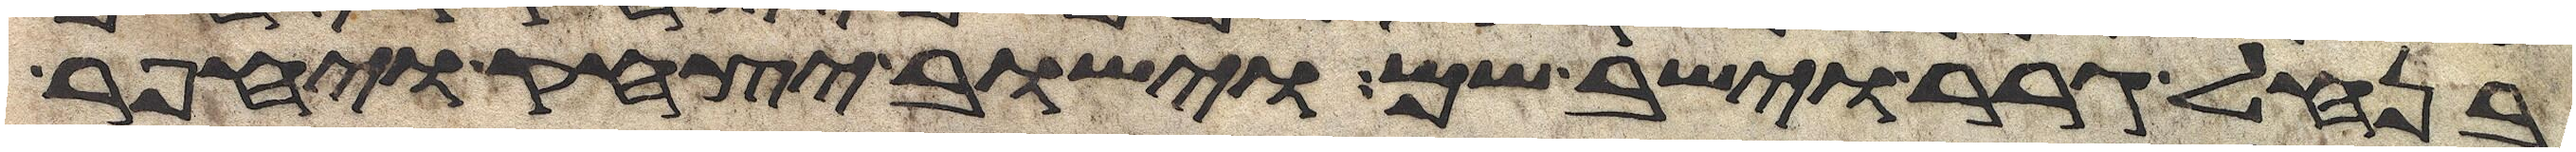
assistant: בנחל גרר וישב שם וישב יצחק ויחפר